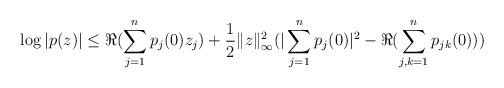
LaTeX: \begin{align*}\log|p(z)| \leq \Re(\sum_{j=1}^{n} p_j(0)z_j) + \frac{1}{2} \|z\|_{\infty}^2 (|\sum_{j=1}^{n} p_j(0)|^2 - \Re(\sum_{j,k=1}^{n} p_{jk}(0)))\end{align*}